Civil Veterinary Dept. Bombay admin report 1923-31 - 1923-1931
Year: 1923
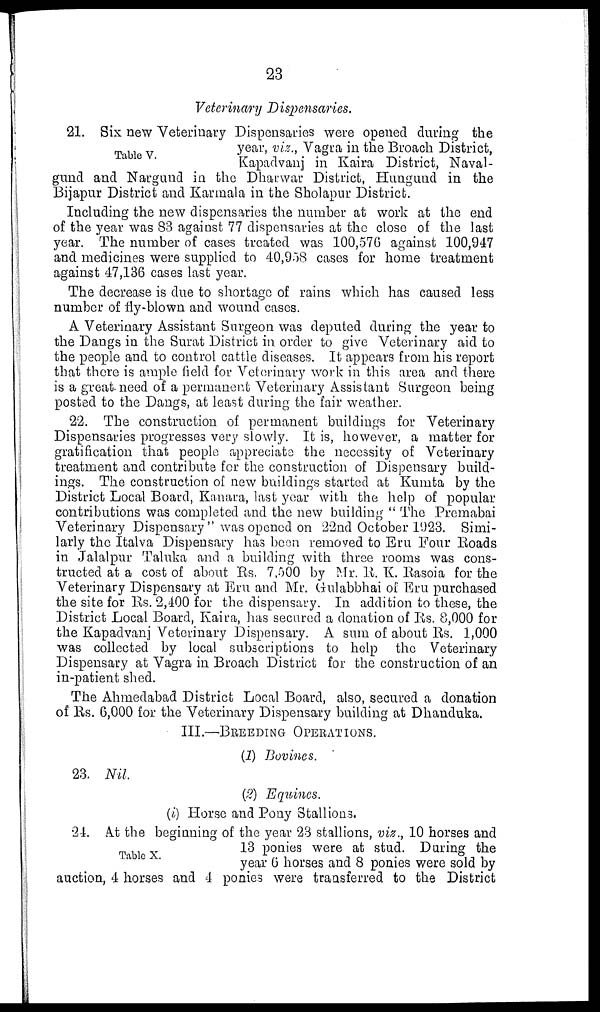
23
Veterinary Dispensaries.
Table V.
21. Six new Veterinary Dispensaries were opened during the
year, viz., Vagra in the Broach District,
Kapadvanj in Kaira District, Naval-
gund and Nargund in the Dharwar District, Hungund in the
Bijapur District and Karmala in the Sholapnr District.
Including the new dispensaries the number at work at the end
of the year was 83 against 77 dispensaries at the close of the last
year. The number of cases treated was 100,576 against 100,947
and medicines were supplied to 40,958 cases for home treatment
against 47,136 cases last year.
The decrease is due to shortage of rains which has caused less
number of fly-blown and wound cases.
A Veterinary Assistant Surgeon was deputed during the year to
the Dangs in the Surat District in order to give Veterinary aid to
the people and to control cattle diseases. It appears from his report
that there is ample field for Veterinary work in this area and there
is a great need of a permanent Veterinary Assistant Surgeon being
posted to the Dangs, at least during the fair weather.
22. The construction of permanent buildings for Veterinary
Dispensaries progresses very slowly. It is, however, a matter for
gratification that people appreciate the necessity of Veterinary
treatment and contribute for the construction of Dispensary build-
ings. The construction of new buildings started at Kumta by the
District Local Board, Kanara, last year with the help of popular
contributions was completed and the new building " The Premabai
Veterinary Dispensary" was opened on 22nd October 1923. Simi-
larly the Italva Dispensary has been removed to Eru Four Roads
in Jalalpur Taluka and a building with three rooms was cons-
tructed at a cost of about Rs. 7,500 by Mr. R. K. Rasoia for the
Veterinary Dispensary at Eru and Mr. Gulabbhai of Eru purchased
the site for Rs. 2,400 for the dispensary. In addition to these, the
District Local Board, Kaira, has secured a donation of Rs. 8,000 for
the Kapadvanj Veterinary Dispensary. A sum of about Rs. 1,000
was collected by local subscriptions to help the Veterinary
Dispensary at Vagra in Broach District for the construction of an
in-patient shed.
The Ahmedabad District Local Board, also, secured a donation
of Rs. 6,000 for the Veterinary Dispensary building at Dhanduka.
III.—BREEDING OPERATIONS.
(1) Bovines.
23. Nil
(2) Equines.
(i) Horse and Pony Stallions.
Table X.
24. At the beginning of the year 23 stallions, viz., 10 horses and
13 ponies were at stud. Daring the
year 6 horses and 8 ponies were sold by
auction, 4 horses and 4 ponies were transferred to the District